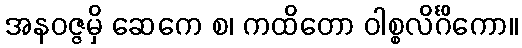
အနဝဇ္ဇမှိ ဆေကေ စ၊ ကထိတော ဝါစ္စလိင်္ဂိကော။